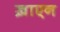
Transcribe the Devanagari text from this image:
ख़ाएन